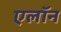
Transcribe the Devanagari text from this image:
एलॉन